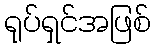
ရုပ်ရှင်အဖြစ်